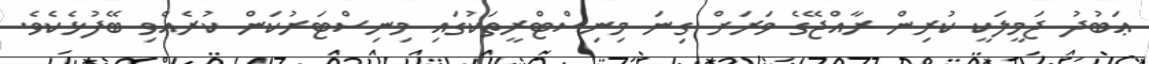
ޢަބުދު ޖަމީލަކީ ކުރިން ރާއްޖޭގެ ވަރަށް ގިނަ މިނިސްޓްރީތަކުގައި މިނިސްޓަރުކަން ކުރެއްވި ބޭފުޅެކެވެ.